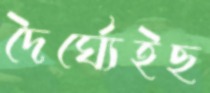
দৈর্ঘ্যেইছ